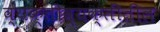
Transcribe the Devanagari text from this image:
व्यक्तीव्यक्तींतील